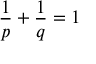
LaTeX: { \frac { 1 } { p } } + { \frac { 1 } { q } } = 1